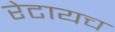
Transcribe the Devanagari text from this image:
रेटायच